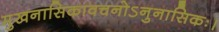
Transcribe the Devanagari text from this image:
मुखनासिकावचनोऽनुनासिकः।